Annual report on the health of the army in India
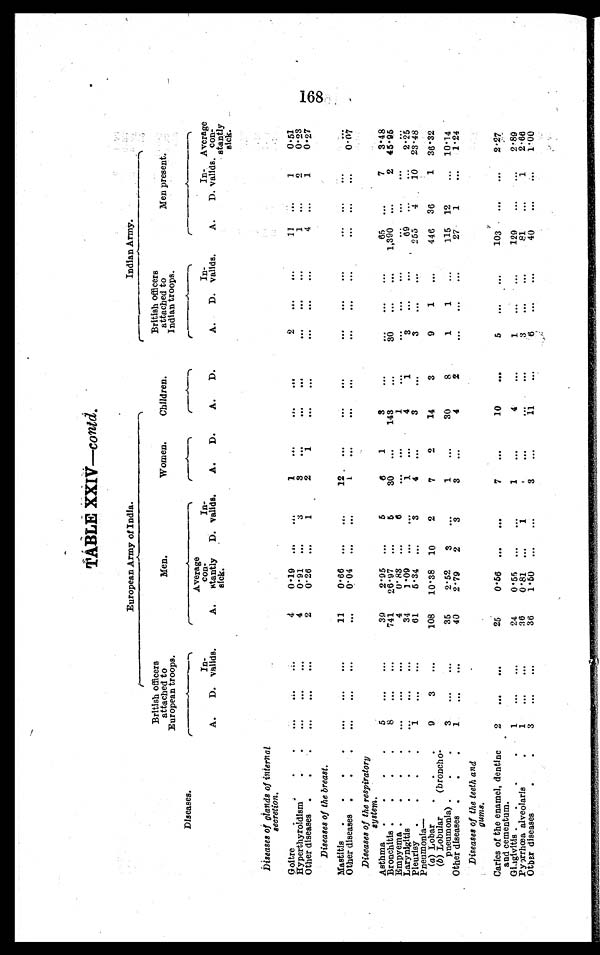
TABLE XXIV—contd.
Diseases.
European Army of India.
Indian Army.
British officers
attached to
European troops.
Men.
Women.
Children.
British officers
attached to
Indian troops.
Men present.
A.
D.
In¬valids.
A.
Average
con
¬stamtly sick.
D.
In
¬valids.
A.
D.
A.
D.
A.
D.
In
¬valids.
A.
D.
In¬valids Average
con
¬stantly
sick.
Diseases of glands of internal
secretion.
Goitr
. . .
. . .
. . .
4
0.19
. . .
. . .
1
. . .
. . .
. . .
2
. . .
. . .
11
...
1
0.51
Hyperthyroidism
.
..
...
. . .
4
0.91
...
3
3
. . .
. . .
. . .
. . .
...
. . .
1
...
2
0.23
Other diseases .
. .
. . .
. . .
. . .
2
0.26
...
1
2
1
...
...
...
...
...
4
...
1
0.27
Diseases of the breast.
Mastitis
.
. . .
. . .
...
...
11
0.66
...
. . .
12
...
...
...
...
...
...
. . .
. . .
. . .
. . .
Other diseases
.
. .
. . .
. . .
. . .
. . .
0.04
...
. . .
1
. . .
. . .
. . .
. . .
. . .
. . .
. . .
. . .
. . .
0 . 0 7
Diseases of the respiratory
system.
.
Asthma
.
.
. .
5
. . .
. . .
39
2.95
...
5
6
1
3
...
. . .
...
...
65
...
7
3.48
Bronchitis .
.
. .
8
. . .
. . .
741
26.97
. . .
5
30
...
143
...
80
. . .
...
1,390
...
2 45.95
Empyema .
.
.
.
. . .
. . .
. . .
4
0. 83
...
6
...
...
1
...
. . .
. . .
. . .
. . .
. . .
. . .
. . .
L a r y n i g t i g
. . .
. . .
...
34
1.09
...
. . .
1
...
4
1
8
. . .
. . .
0 9
. . .
...
2.25
Pleurisy
.
.
.
1
. . .
. . .
61
5.34
. . .
3
4
...
3
...
3
...
...
255
4
10
23.48
Pneumonia
(a) Lobar
.
.
9
3
. . .
108
10.38
10
2
7
2
14
3
9
1
. . .
446
36
1
36.32
(b) Lobular
(broncho¬
pneumonia) .
.
.
3
. . .
. . .
35
2.52
3
. . .
1
. . .
30
8
1
1
...
115 12
...
10.14
Other diseases .
.
.
1
...
...
40
2.79
2
3
...
. . .
4
2
...
. . .
...
27
1
...
1.24
Diseases of the teeth and
gums.
Caries of the enamel, dentine
and cementum.
2
...
. . .
25
0.56
. . . ...
7
...
10
...
5
. . .
. . . 103. ...
...
2.27
Gingivitis .
.
.
1
. . .
. . .
24
0.55
. . . ...
1
. . .
4
. . .
. . .
. . .
. . . 129
...
...
2.89
Pyorrhœa alveolaris
1
...
...
36
0.81
. . .
1
...
...
. . .
. . .
. . .
. . .
. . . 81
...
1
2.66
Otber diseases
. .
3
. . .
. . . 36
1.50
. . .
...
3
...
11
. . .
6
. . .
. . . 40
. . .
. . .
1.00
168